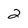
Character: 2